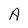
Character: A